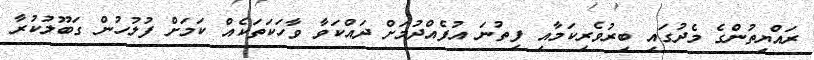
ރައްޔިތުންގެ މެދުގައި ބިރުވެރިކަމާއި ފިތުނަ އުފެއްދުމަށް ދައްކަވާ ވާހަކަތަކެއް ކަމަށް ފުލުހުން ގަބޫލުކުރާ